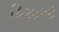
હિસાબો